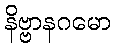
နိဗ္ဗာနဂမော